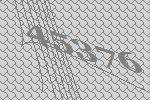
45376